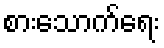
စားသောက်ရေး